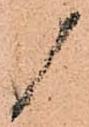
候